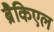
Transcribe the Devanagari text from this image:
ब्रैकिएल